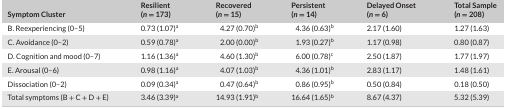
| Symptom Cluster | Resilient (n = 173) | Recovered (n = 15) | Persistent (n = 14) | Delayed Onset (n = 6) | Total Sample (n = 208) |
 | --- | --- | --- | --- | --- | --- |
 | B. Reexperiencing (0–5) | 0.73 (1.07)a | 4.27 (0.70)b | 4.36 (0.63)b | 2.17 (1.60) | 1.27 (1.63) |
 | C. Avoidance (0–2) | 0.59 (0.78)a | 2.00 (0.00)b | 1.93 (0.27)b | 1.17 (0.98) | 0.80 (0.87) |
 | D. Cognition and mood (0–7) | 1.16 (1.36)a | 4.60 (1.30)b | 6.00 (0.78)c | 2.50 (1.87) | 1.77 (1.97) |
 | E. Arousal (0–6) | 0.98 (1.16)a | 4.07 (1.03)b | 4.36 (1.01)b | 2.83 (1.17) | 1.48 (1.61) |
 | Dissociation (0–2) | 0.09 (0.34)a | 0.47 (0.64)b | 0.86 (0.95)b | 0.50 (0.84) | 0.18 (0.50) |
 | Total symptoms (B + C + D + E) | 3.46 (3.39)a | 14.93 (1.91)b | 16.64 (1.65)b | 8.67 (4.37) | 5.32 (5.39) |